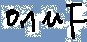
Text: 0.1µF